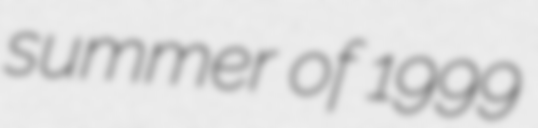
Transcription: summer of 1999